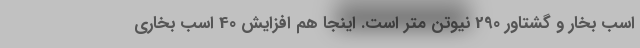
اسب بخار و گشتاور 290 نیوتن متر است. اینجا هم افزایش 40 اسب بخاری